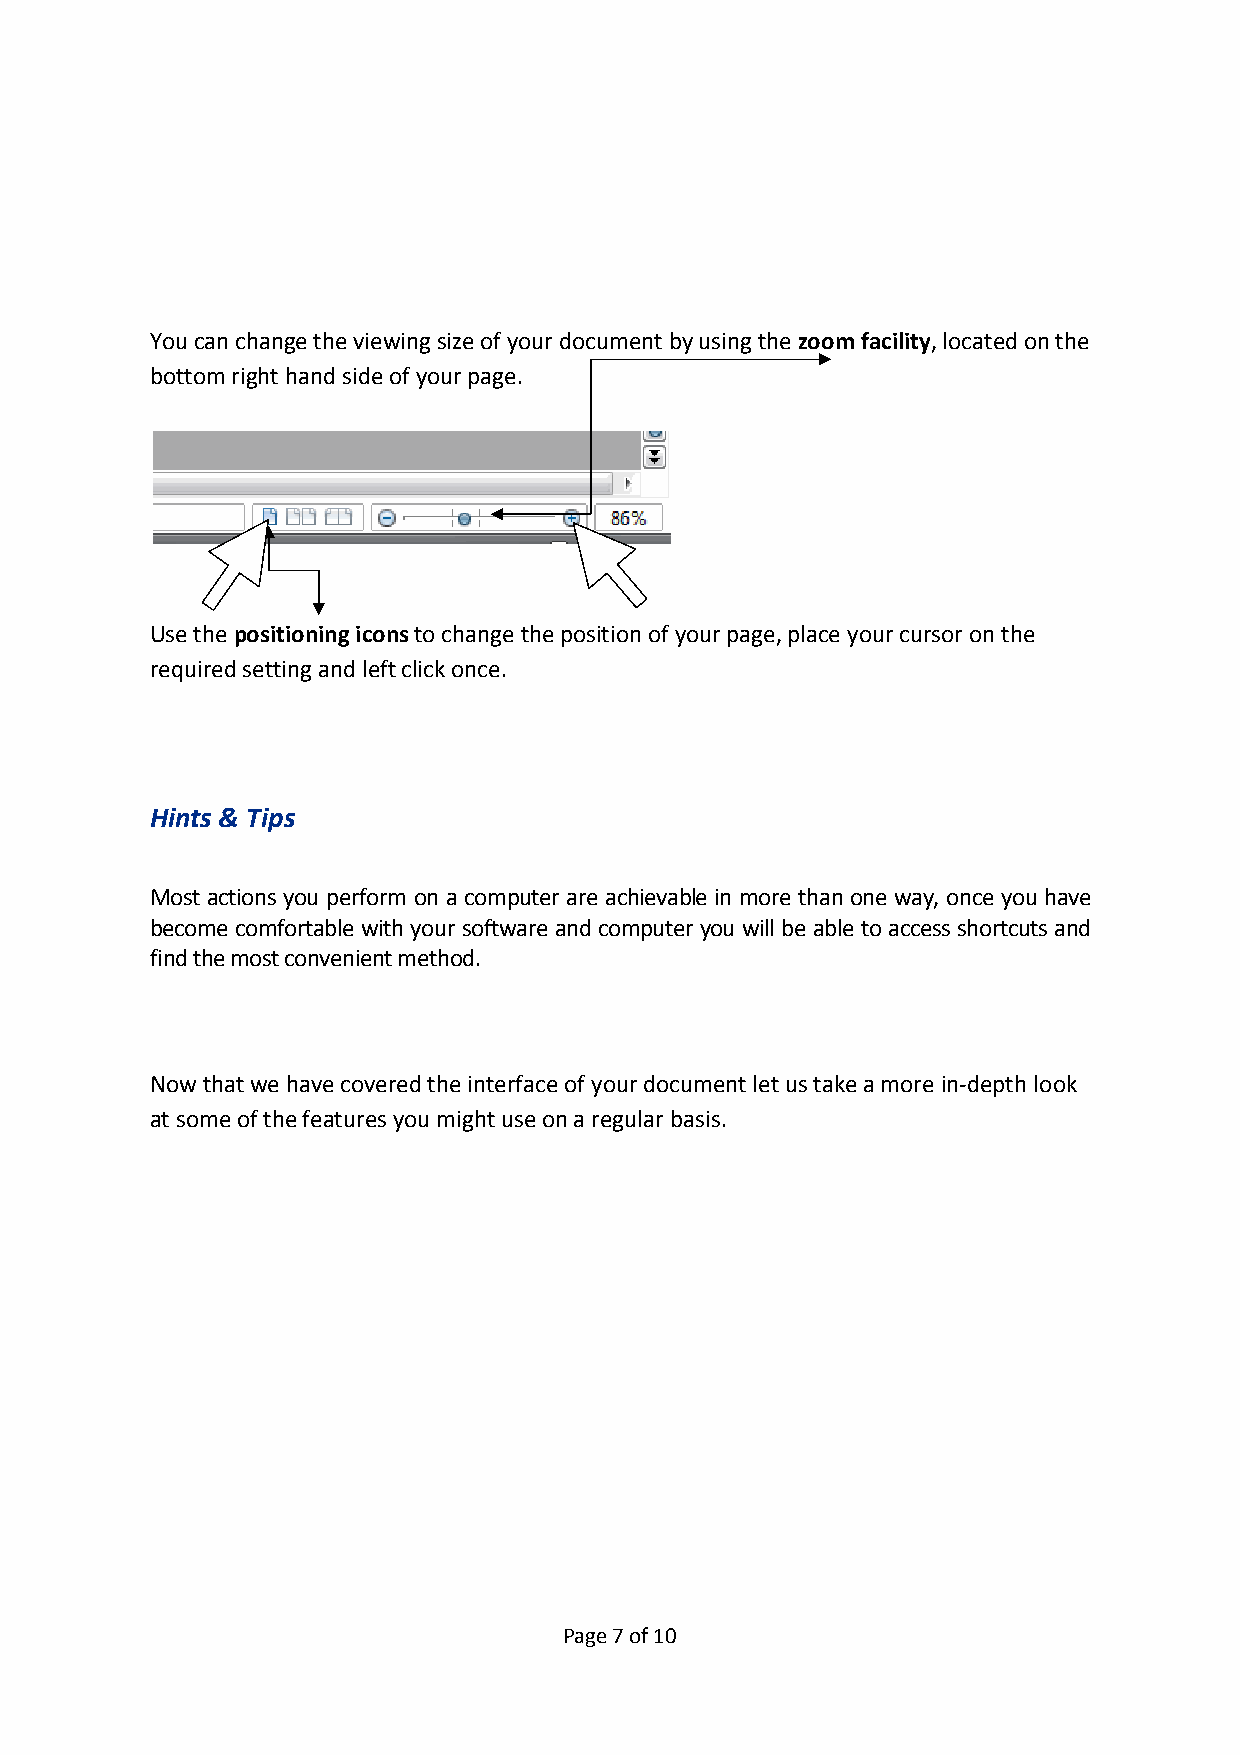
You can change the viewing size of your document by using the zoom facility, located on the
 bottom right hand side of your page.
 Use the positioning icons to change the position of your page, place your cursor on the
 required setting and left click once.
 Hints & Tips
 Most actions you perform on a computer are achievable in more than one way, once you have
 become comfortable with your software and computer you will be able to access shortcuts and
 find the most convenient method.
 Now that we have covered the interface of your document let us take a more in-depth look
 at some of the features you might use on a regular basis.
 Page 7 of 10